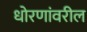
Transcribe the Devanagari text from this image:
धोरणांवरील